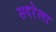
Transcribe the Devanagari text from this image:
सदरेला